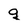
Character: q